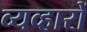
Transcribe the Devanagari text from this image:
व्यव्हारों